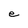
Character: e